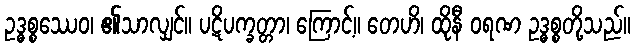
ဥဒ္ဓစ္စဿေဝ၊ ၏သာလျှင်။ ပဋိပက္ခတ္တာ၊ ကြောင့်။ တေဟိ၊ ထိုနီ ဝရဏ ဥဒ္ဓစ္စတို့သည်။